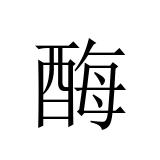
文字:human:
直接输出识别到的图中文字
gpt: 酶